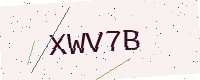
Text: XWV7B